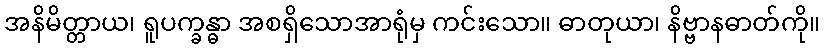
အနိမိတ္တာယ၊ ရူပက္ခန္ဓာ အစရှိသောအာရုံမှ ကင်းသော။ ဓာတုယာ၊ နိဗ္ဗာနဓာတ်ကို။